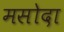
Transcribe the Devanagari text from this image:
मसोदा